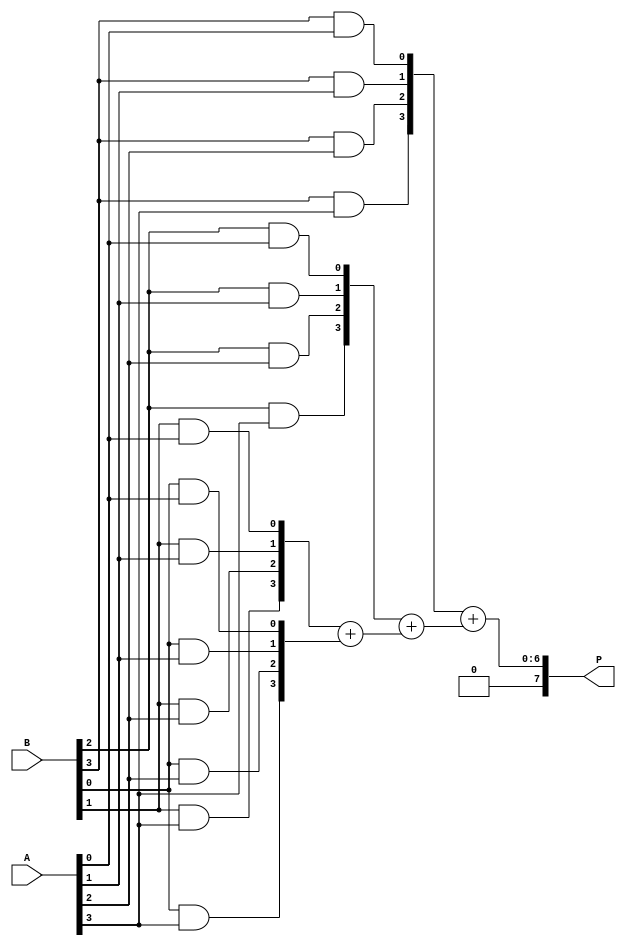
module array_multiplier #(parameter M = 4, N = 4) (
    input  wire [M-1:0] A,    // m-bit multiplier
    input  wire [N-1:0] B,    // n-bit multiplicand
    output wire [M+N-1:0] P   // (m+n)-bit product
);
    
    // Declare partial products
    wire [M-1:0] pp [0:N-1]; // Partial products array

    // Generate partial products using AND gates
    genvar i, j;
    generate
        for (i = 0; i < N; i = i + 1) begin : pp_gen
            for (j = 0; j < M; j = j + 1) begin : and_gen
                assign pp[i][j] = B[i] & A[j]; // AND gate for partial product
            end
        end
    endgenerate

    // Declare wires for the summation of partial products
    wire [M+N-1:0] sum [0:N-1];
    
    // Initialize the first partial product
    assign sum[0] = { {N{1'b0}}, pp[0] }; // Padding to align the first partial product

    // Perform addition of partial products
    generate
        for (i = 1; i < N; i = i + 1) begin : adder_gen
            // Align the partial product with appropriate shifting
            assign sum[i] = { {N-i{1'b0}}, pp[i] }; // Shift left by i
            assign sum[i] = sum[i] + sum[i-1]; // Add the current sum to the previous sum
        end
    endgenerate

    // Final product output
    assign P = sum[N-1]; // The final product is the last sum

endmodule